Madras plague regulations in force outside the Presidency town - Volume 5
Disease focus: Plague
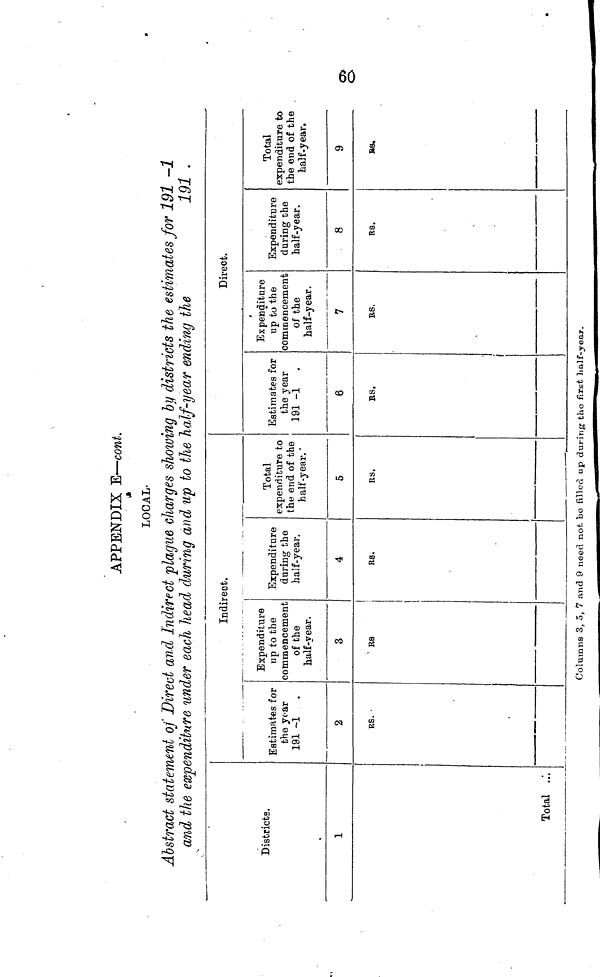
APPENDIX E—cont.
LOCAL-
Abstract statement of Direct and Indirect plague charges showing by districts the estimates for 191 -1
and the expenditure under each head during and up to the half-year ending the
191 .
Districts.
1
Total
Indirect.
Estimates for
the year
191 -1 .
2
RS.
Expenditure
up to the
commencement
of the
half-year.
3
RS
Expenditure
during the
half-year.
4
RS.
Total
expenditure to
the end of the
half-year.
5
RS.
Direct.
Estimates for
the year
191 -1 .
6
RS.
Expenditure
up to the
commencement
of the
half-year.
7
RS.
Expenditure
during the
half-year.
8
R8.
Total
expenditure to
the end of the
half-year.
9
RS.
Columns 3, 5, 7 and 9 need not be filled up during the first half-year.
60